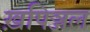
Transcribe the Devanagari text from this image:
ख़पिञ्जल